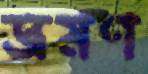
ভ্রমণ